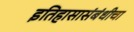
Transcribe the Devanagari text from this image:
इतिहासासंबंधीचा